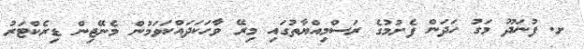
ށ. ފުނަދޫ މަގު ހަދަން ފެށުމުގެ ރަސްމިއްޔާތުގައި މިރޭ ވާހަކަދައްކަވަމުން މެނޭޖިން ޑިރެކްޓަރު